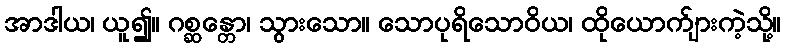
အာဒါယ၊ ယူ၍။ ဂစ္ဆန္တော၊ သွားသော။ သောပုရိသောဝိယ၊ ထိုယောက်ျားကဲ့သို့။